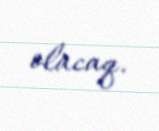
olacaq.